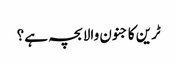
ٹرین کا جنون والا بچہ ہے؟